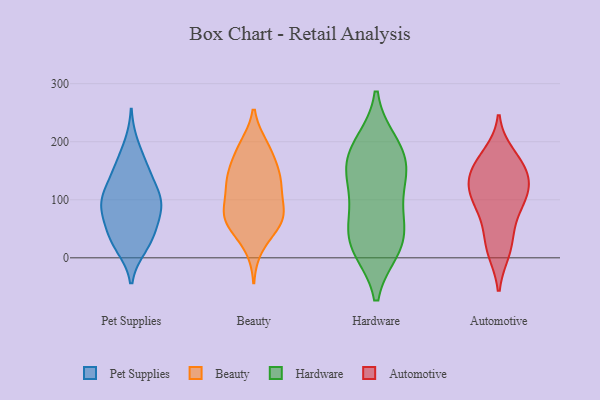
{"axis": {"x": "Budget (USD K)", "y": "Value"}, "legend": ["Automotive", "Beauty", "Hardware", "Pet Supplies"], "data": [{"x": "", "y": 153, "type": "Pet Supplies"}, {"x": "", "y": 158, "type": "Pet Supplies"}, {"x": "", "y": 45, "type": "Pet Supplies"}, {"x": "", "y": 18, "type": "Pet Supplies"}, {"x": "", "y": 77, "type": "Pet Supplies"}, {"x": "", "y": 33, "type": "Pet Supplies"}, {"x": "", "y": 96, "type": "Pet Supplies"}, {"x": "", "y": 149, "type": "Pet Supplies"}, {"x": "", "y": 195, "type": "Pet Supplies"}, {"x": "", "y": 19, "type": "Pet Supplies"}, {"x": "", "y": 102, "type": "Pet Supplies"}, {"x": "", "y": 116, "type": "Pet Supplies"}, {"x": "", "y": 102, "type": "Pet Supplies"}, {"x": "", "y": 46, "type": "Pet Supplies"}, {"x": "", "y": 82, "type": "Pet Supplies"}, {"x": "", "y": 74, "type": "Pet Supplies"}, {"x": "", "y": 109, "type": "Pet Supplies"}, {"x": "", "y": 51, "type": "Beauty"}, {"x": "", "y": 71, "type": "Beauty"}, {"x": "", "y": 135, "type": "Beauty"}, {"x": "", "y": 125, "type": "Beauty"}, {"x": "", "y": 138, "type": "Beauty"}, {"x": "", "y": 91, "type": "Beauty"}, {"x": "", "y": 73, "type": "Beauty"}, {"x": "", "y": 193, "type": "Beauty"}, {"x": "", "y": 18, "type": "Beauty"}, {"x": "", "y": 63, "type": "Beauty"}, {"x": "", "y": 127, "type": "Beauty"}, {"x": "", "y": 142, "type": "Beauty"}, {"x": "", "y": 60, "type": "Beauty"}, {"x": "", "y": 187, "type": "Beauty"}, {"x": "", "y": 93, "type": "Beauty"}, {"x": "", "y": 69, "type": "Beauty"}, {"x": "", "y": 190, "type": "Beauty"}, {"x": "", "y": 156, "type": "Beauty"}, {"x": "", "y": 194, "type": "Hardware"}, {"x": "", "y": 164, "type": "Hardware"}, {"x": "", "y": 158, "type": "Hardware"}, {"x": "", "y": 197, "type": "Hardware"}, {"x": "", "y": 20, "type": "Hardware"}, {"x": "", "y": 18, "type": "Hardware"}, {"x": "", "y": 151, "type": "Hardware"}, {"x": "", "y": 52, "type": "Hardware"}, {"x": "", "y": 60, "type": "Hardware"}, {"x": "", "y": 16, "type": "Hardware"}, {"x": "", "y": 94, "type": "Hardware"}, {"x": "", "y": 126, "type": "Hardware"}, {"x": "", "y": 148, "type": "Automotive"}, {"x": "", "y": 177, "type": "Automotive"}, {"x": "", "y": 157, "type": "Automotive"}, {"x": "", "y": 45, "type": "Automotive"}, {"x": "", "y": 93, "type": "Automotive"}, {"x": "", "y": 113, "type": "Automotive"}, {"x": "", "y": 82, "type": "Automotive"}, {"x": "", "y": 12, "type": "Automotive"}, {"x": "", "y": 107, "type": "Automotive"}, {"x": "", "y": 16, "type": "Automotive"}, {"x": "", "y": 130, "type": "Automotive"}, {"x": "", "y": 125, "type": "Automotive"}, {"x": "", "y": 163, "type": "Automotive"}]}